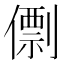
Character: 𠎼